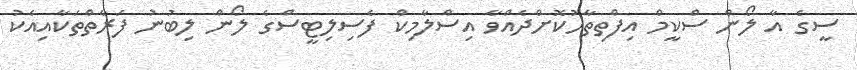
ސީގެ އާ ލޯން ސްކީމް އިފްތިތާހުކޮށްދެއްވާ އިސްލާމިކް ފެސިލިޓީސްގެ ލޯން ލިބުނު ފަރާތްތަކާއިއެކު